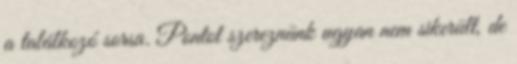
a találkozó sorsa. Pontot szereznünk ugyan nem sikerült, de